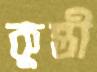
কুন্তী